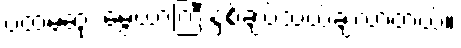
ပထမဆုံး မွေ့ယာကြီးနှစ်ချပ်သယ်ချလာတယ်။